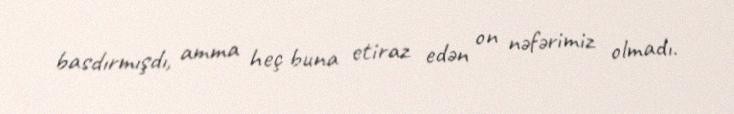
basdırmışdı, amma heç buna etiraz edən on nəfərimiz olmadı.